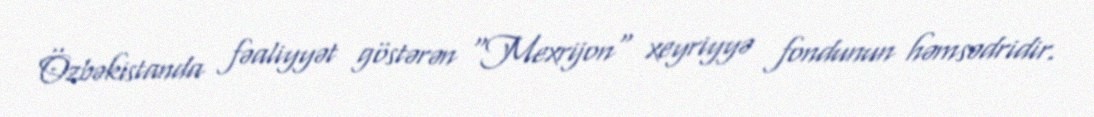
Özbəkistanda fəaliyyət göstərən "Mexrijon" xeyriyyə fondunun həmsədridir.